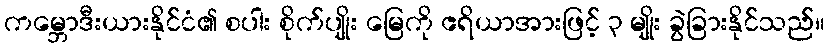
ကမ္ဘောဒီးယားနိုင်ငံ၏ စပါး စိုက်ပျိုး မြေကို ဧရိယာအားဖြင့် ၃ မျိုး ခွဲခြားနိုင်သည်။